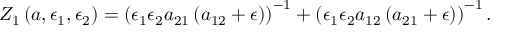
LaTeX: Z _ { 1 } \left( a , \epsilon _ { 1 } , \epsilon _ { 2 } \right) = \left( \epsilon _ { 1 } \epsilon _ { 2 } a _ { 2 1 } \left( a _ { 1 2 } + \epsilon \right) \right) ^ { - 1 } + \left( \epsilon _ { 1 } \epsilon _ { 2 } a _ { 1 2 } \left( a _ { 2 1 } + \epsilon \right) \right) ^ { - 1 } .